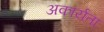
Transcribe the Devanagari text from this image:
अकार्यता